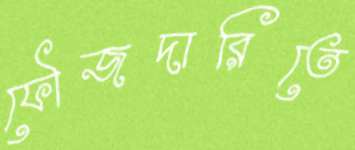
ফৌজদারিতে